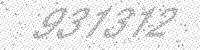
Solution: 931312